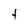
Character: t